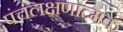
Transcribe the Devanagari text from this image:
पंचलक्षणात्मक